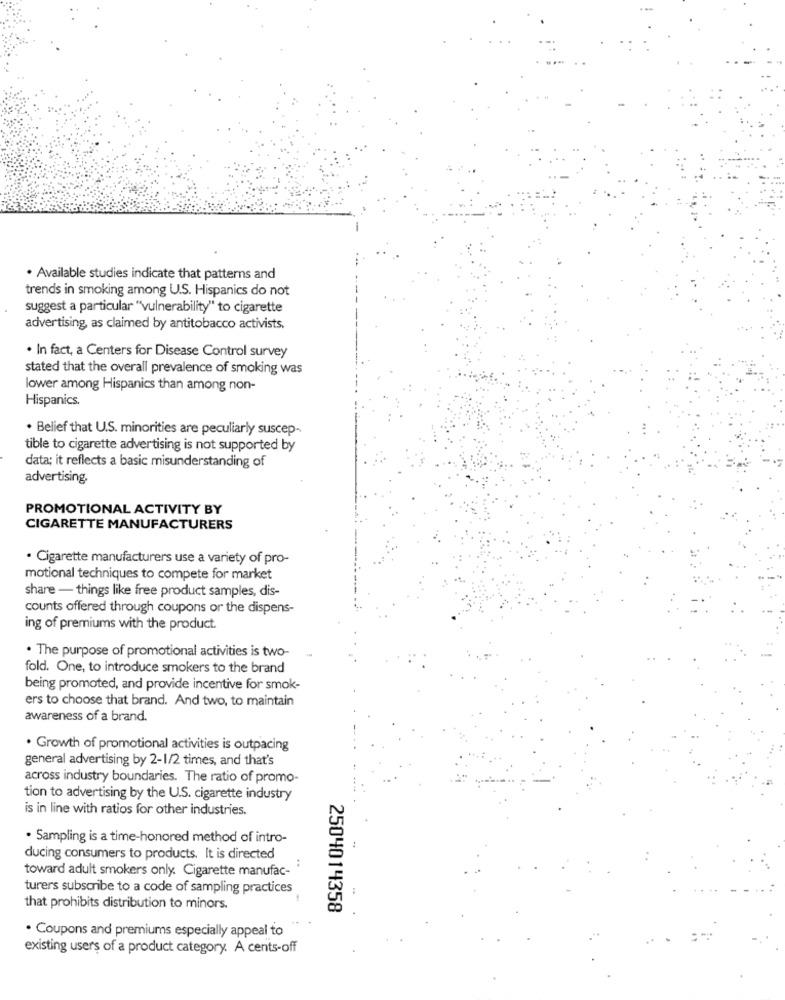
. Available studies indicate that patterns and
trends in smoking among U.S. Hispanics do not
suggest a particular "vulnerability" to cigarette
advertising, as claimed by antitobacco activists.
. In fact, a Centers for Disease Control survey
stated that the overall prevalence of smoking was
lower among Hispanics than among non-
Hispanics.
. Belief that U.S. minorities are peculiarly suscep-
tible to cigarette advertising is not supported by
data; it reflects a basic misunderstanding of
advertising.
PROMOTIONAL ACTIVITY BY
CIGARETTE MANUFACTURERS
· Cigarette manufacturers use a variety of pro-
motional techniques to compete for market
share - things like free product samples, dis-
counts offered through coupons or the dispens-
ing of premiums with the product.
. The purpose of promotional activities is two-
fold. One, to introduce smokers to the brand
being promoted, and provide incentive for smok-
ers to choose that brand. And two, to maintain
awareness of a brand.
· Growth of promotional activities is outpacing
general advertising by 2-1/2 times, and that's
across industry boundaries. The ratio of promo-
tion to advertising by the U.S. cigarette industry
is in line with ratios for other industries.
· Sampling is a time-honored method of intro-
ducing consumers to products. It is directed
toward adult smokers only. Cigarette manufac-
..
turers subscribe to a code of sampling practices
that prohibits distribution to minors.
2504014358
· Coupons and premiums especially appeal to
existing users of a product category. A cents-off